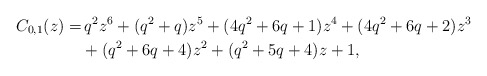
\begin{align*} C_{0,1}(z) = & \,q^2 z^6+(q^2+q) z^5+(4 q^2+6 q+1) z^4+(4 q^2+6 q+2) z^3\\ & +(q^2+6 q+4) z^2+(q^2+5 q+4) z+1,\end{align*}